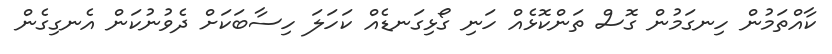
ކާއްތަމުން ހިނގަމުން ގޮސް ތަންކޮޅެއް ހަނި ގޯޅިގަނޑެއް ކަހަލަ ހިސާބަކަށް ދެވުނުކަން އެނގިގެން